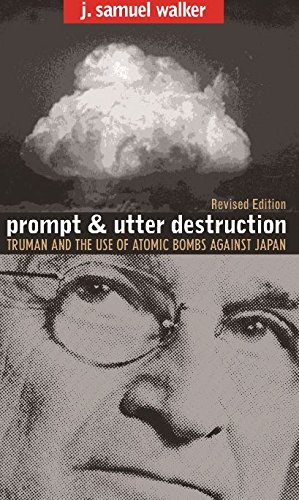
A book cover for Prompt and Utter Destruction: Truman and the Use of Atomic Bombs against Japan, Revised Edition; J. Samuel Walker; History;